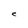
Character: C